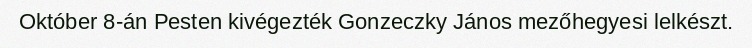
Október 8-án Pesten kivégezték Gonzeczky János mezőhegyesi lelkészt.